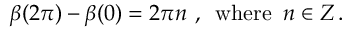
\beta ( 2 \pi ) - \beta ( 0 ) = 2 \pi n \, \, , \, \, \, \mathrm { w h e r e } \, \, \, n \in Z \, .